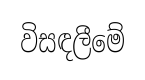
විසඳලීමේ